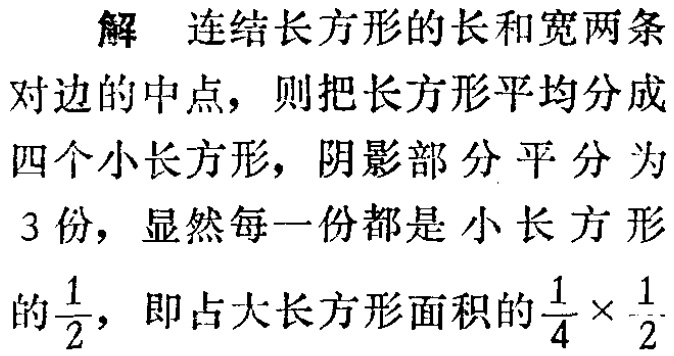
解 连结长方形的长和宽两条对边的中点，则把长方形平均分成四个小长方形，阴影部分平分为3份，显然每一份都是小长方形的$\frac{1}{2}$，即占大长方形面积的$\frac{1}{4} \times \frac{1}{2}$